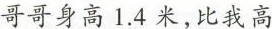
哥哥身高1.4米，比我高